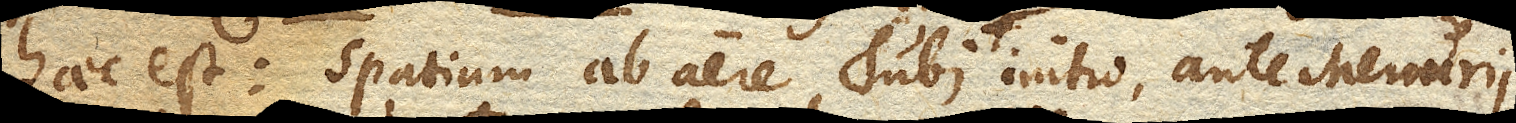
haec est: spatium ab aere Tubi initio, ante Mercurii